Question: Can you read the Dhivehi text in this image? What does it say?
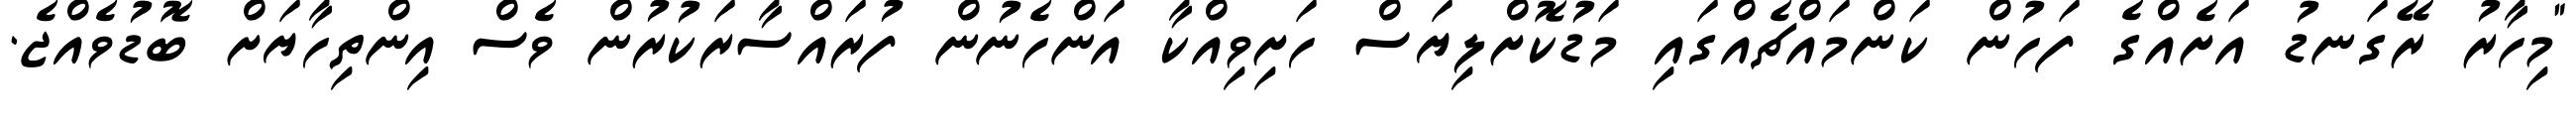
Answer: "މިހާރު ރޭގަނޑު އަށެއްގެ ފަހުން ކަންމައްޗެއްގައި މަޑުކޮށްލިޔަސް ހަށިވިއްކާ އަންހެނުން ފުރައްސާރަކުރުން ވެސް އިންތިހާޔަށް ބޮޑުވެއްޖެ.